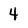
Character: 4